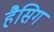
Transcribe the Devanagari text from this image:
हैसिग